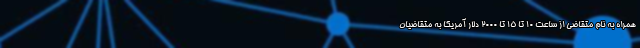
همراه به نام متقاضی از ساعت ۱۰ تا ۱۵ تا ۲۰۰۰ دلار آمریکا به متقاضیان